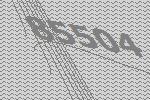
85504